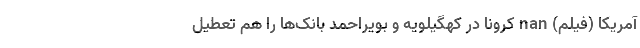
آمریکا (فیلم) nan کرونا در کهگیلویه و بویراحمد بانک‌ها را هم تعطیل